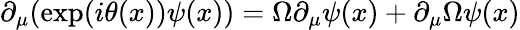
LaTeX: \partial_{\mu}(\exp(i\theta(x))\psi(x))=\Omega\partial_{\mu}\psi(x)+\partial_{\mu}\Omega\psi(x)